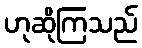
ဟုဆိုကြသည်